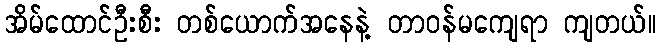
အိမ်ထောင်ဦးစီး တစ်ယောက်အနေနဲ့ တာဝန်မကျေရာ ကျတယ်။